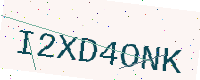
Text: I2XD4ONK